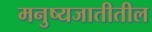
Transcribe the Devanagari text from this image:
मनुष्यजातीतील